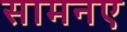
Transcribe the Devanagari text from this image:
सामनए